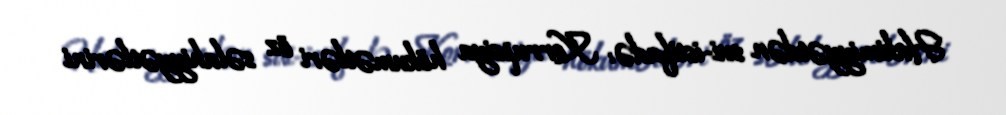
Hakimiyyətdən sui-istifadə: Korrupsiya hökumətləri öz səlahiyyətlərini